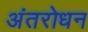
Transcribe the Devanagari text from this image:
अंतरोधन